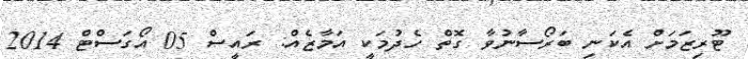
ޓޫރިޒަމަށް އެކަނި ބަރޯސާނުވާ ގޮތް ހެދުމަކީ އަމާޒެއް: ރައީސް 05 އޯގަސްޓް 2014